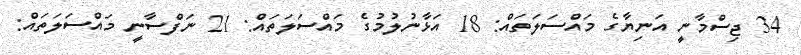
34 ޖިސްމާނީ އަނިޔާގެ މައްސަލަތައް: 18 އަޅާނުލުމުގެ މައްސަލަތައް: 21 ނަފްސާނީ މައްސަލަތައް: